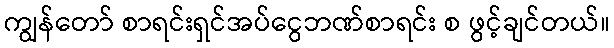
ကျွန်တော် စာရင်းရှင်အပ်ငွေဘဏ်စာရင်း စ ဖွင့်ချင်တယ်။